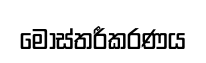
මෝස්තරීකරණය